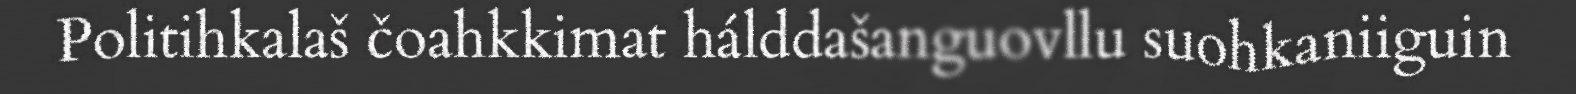
Politihkalaš čoahkkimat hálddašanguovllu suohkaniiguin